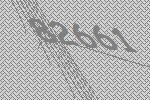
82661